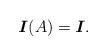
LaTeX: \begin{align*}\textbf{\emph{I}}(A)=\textbf{\emph{I}}.\end{align*}